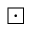
\boxdot